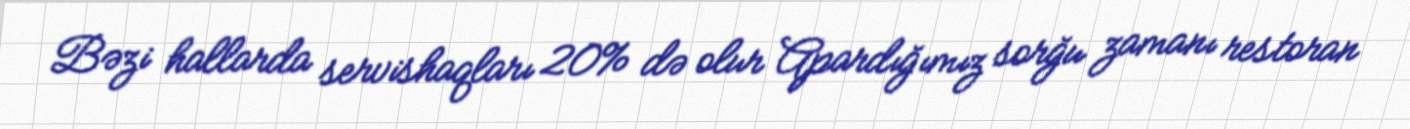
Bəzi hallarda servishaqları 20% də olur Apardığımız sorğu zamanı restoran